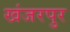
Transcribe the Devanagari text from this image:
खंजरपुर